Scottish Leaving Certificate Examination, 1961
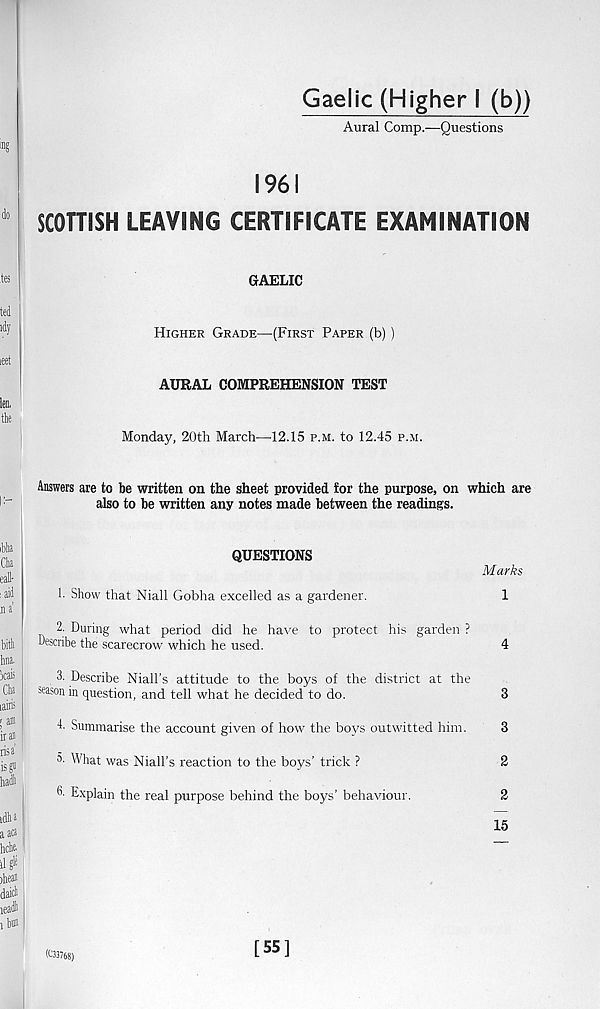
Gaelic (Higher 1 (b))
Aural Comp.—Questions
1961
SCOTTISH LEAVING CERTIFICATE EXAMINATION
GAELIC
Higher Grade—(First Paper (b) )
AURAL COMPREHENSION TEST
Monday, 20th March—12.15 p.m. to 12.45 p.m.
Answers are to be written on the sheet provided for the purpose, on which are
also to be written any notes made between the readings.
QUESTIONS
1. Show that Niall Gobha excelled as a gardener.
2. During what period did he have to protect his garden ?
Describe the scarecrow which he used.
3. Describe Mall's attitude to the boys of the district at the
season in question, and tell what he decided to do.
4' Summarise the account given of how the boys outwitted him.
What was Mali's reaction to the boys’ trick ?
h Explain the real purpose behind the boys’ behaviour.
Marks
1
4
3
3
2
2
15
(03768)
[55]